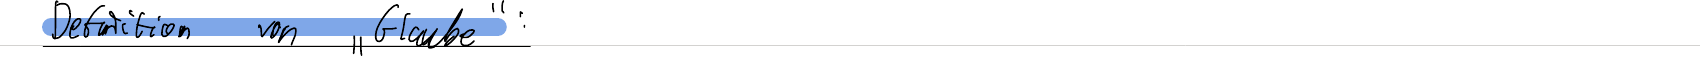
Definition von "Glaube":